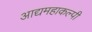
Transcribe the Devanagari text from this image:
आद्यमहाकल्पी